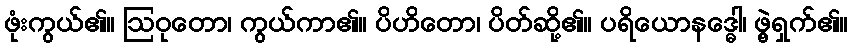
ဖုံးကွယ်၏။ ဩဝုတော၊ ကွယ်ကာ၏။ ပိဟိတော၊ ပိတ်ဆို့၏။ ပရိယောနဒ္ဓေါ၊ ဖွဲ့ရှက်၏။